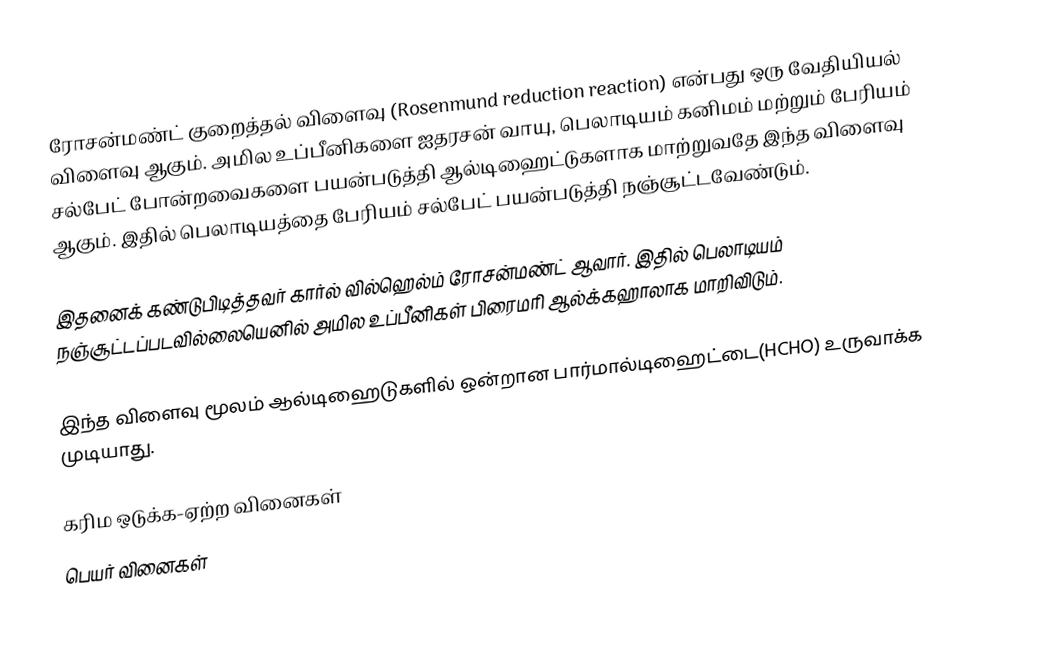
ரோசன்மண்ட் குறைத்தல் விளைவு (Rosenmund reduction reaction) என்பது ஒரு வேதியியல் விளைவு ஆகும். அமில உப்பீனிகளை ஐதரசன் வாயு, பெலாடியம் கனிமம் மற்றும் பேரியம் சல்பேட் போன்றவைகளை பயன்படுத்தி ஆல்டிஹைட்டுகளாக மாற்றுவதே இந்த விளைவு ஆகும். இதில் பெலாடியத்தை பேரியம் சல்பேட் பயன்படுத்தி நஞ்சூட்டவேண்டும்.

இதனைக் கண்டுபிடித்தவர் கார்ல் வில்ஹெல்ம் ரோசன்மண்ட் ஆவார். இதில் பெலாடியம் நஞ்சூட்டப்படவில்லையெனில் அமில உப்பீனிகள் பிரைமரி ஆல்க்கஹாலாக மாறிவிடும்.

இந்த விளைவு மூலம் ஆல்டிஹைடுகளில் ஒன்றான பார்மால்டிஹைட்டை(HCHO) உருவாக்க முடியாது.

கரிம ஒடுக்க-ஏற்ற வினைகள்
பெயர் வினைகள்